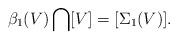
LaTeX: \begin{align*}\beta_1(V)\bigcap[V]=[\Sigma_1(V)].\end{align*}